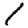
Digit: 1